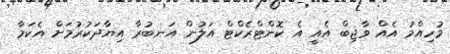
މުހިއްމު އެއް ވާޖިބް އެއީ އެ ކޮންޓްރެކްޓް އަލުން އަނބުރާ އިޔާދަކުރުމަށް އެކަމާ